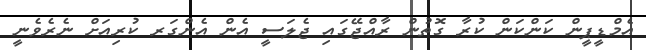
އެމްޑީޕީން ކަންކަން ކުރާ ގޮތުން ރާއްޖޭގައި ޖެލަސީ އެން އެންގަރ ކުރިއަށް ނެރެވެނީ